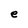
Character: e